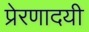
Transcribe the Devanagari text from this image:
प्रेरणादयी